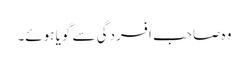
وہ صاحب افسردگی سے گویا ہوئے۔